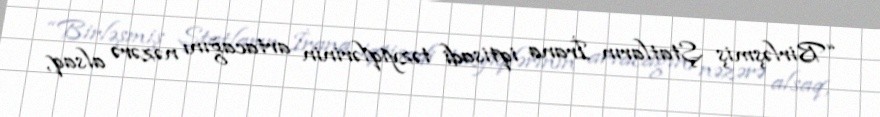
“Birləşmiş Ştatların İrana iqtisadi təzyiqlərinin artacağını nəzərə alsaq,